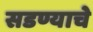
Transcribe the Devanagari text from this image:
सडण्याचे